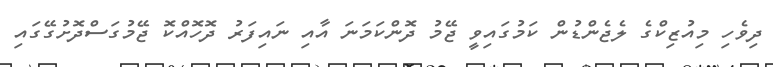
ދިވެހި މިއުޒިކްގެ ލެޖެންޑުން ކަމުގައިވީ ޖޭމު ދޮންކަމަނަ އާއި ނައިފަރު ދޮހޮއްކޮ ޖޭމުގަސްދޮށުގޭގައި